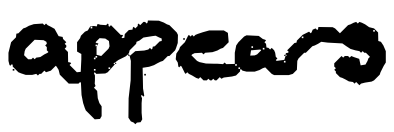
Text: appears
Cross-out: clean
Writing tool: digital_black